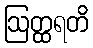
ဩတ္ထရတိ